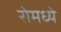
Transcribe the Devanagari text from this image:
रोमध्ये